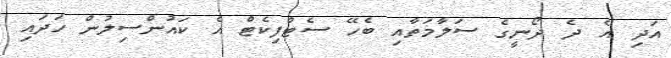
އަދި އެ ދެ ދޯނީގެ ސަލާމަތާއި ބެހޭ ސެޓްފިކެޓް އެ ކައުންސިލުން ހަދައި